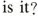
is it?